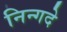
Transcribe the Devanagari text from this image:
निन्गदे